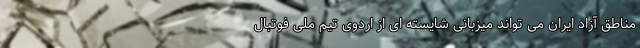
مناطق آزاد ایران می تواند میزبانی شایسته ای از اردوی تیم ملی فوتبال